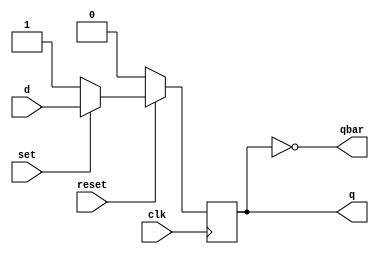
module D_FF (clk, reset, set, d, q, qbar);
	input clk, reset, set, d;
	output q, qbar;
	reg q;
	
	assign qbar = ~q;
	
	always @ (posedge clk) begin
		if (reset == 0) q <= 1'b0;
		else if (set == 0) q <= 1'b1;
		else q <= d;
	end
endmodule
module D_FF (clk, reset, set, d, q, qbar);
	input clk, reset, set, d;
	output q, qbar;
	reg q;
	
	assign qbar = ~q;
	
	always @ (posedge clk, negedge reset, negedge set) begin
		if (reset == 0) q <= 0
		else if (set == 0) q <= 1
		else q <= d;
	end
endmodule